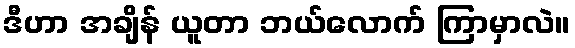
ဒီဟာ အချိန် ယူတာ ဘယ်လောက် ကြာမှာလဲ။